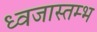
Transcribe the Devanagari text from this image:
ध्वजास्तम्भ